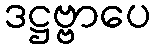
ဒဋ္ဌဗ္ဗာပေ